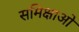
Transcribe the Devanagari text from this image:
समिक्षाओ